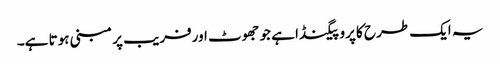
یہ ایک طرح کا پروپیگنڈا ہے جو جھوٹ اورفریب پر مبنی ہوتا ہے۔